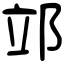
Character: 𨚪